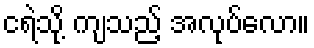
ငရဲသို့ ကျသည့် အလုပ်လော။